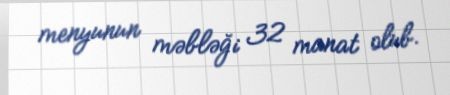
menyunun məbləği 32 manat olub.